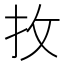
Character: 𢪛